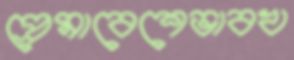
প্রেমাবেশেভাবখ